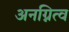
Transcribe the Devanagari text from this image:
अनग्नित्व